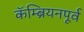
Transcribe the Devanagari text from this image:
कॅम्ब्रियनपूर्व